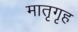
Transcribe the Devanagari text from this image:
मातृगृह